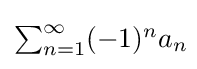
{\textstyle \sum _{n=1}^{\infty }(-1)^{n}a_{n}\!}